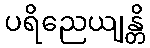
ပရိညေယျန္တိ